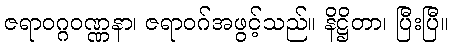
ဇရာဝဂ္ဂဝဏ္ဏနာ၊ ဇရာဝဂ်အဖွင့်သည်။ နိဋ္ဌိတာ၊ ပြီးပြီ။